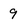
Character: 9